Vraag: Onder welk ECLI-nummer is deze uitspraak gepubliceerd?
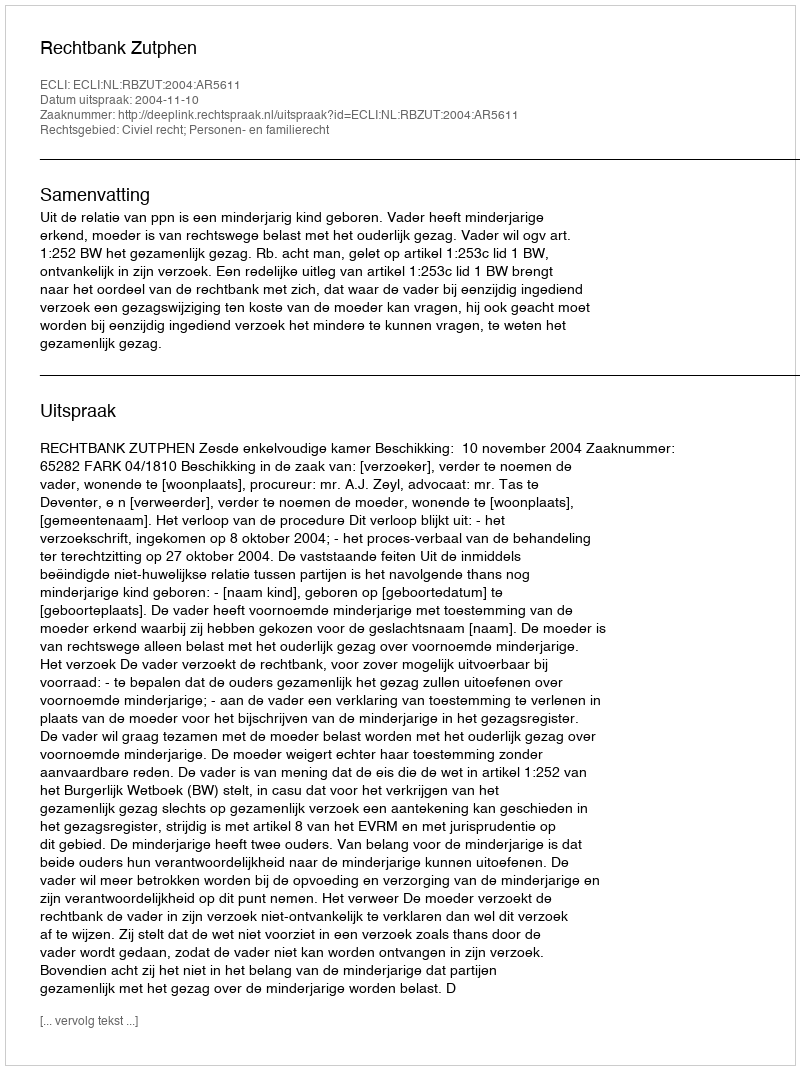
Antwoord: ECLI:NL:RBZUT:2004:AR5611